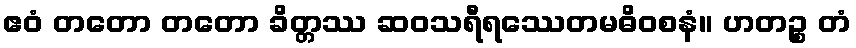
ဧဝံ တတော တတော ခိတ္တဿ ဆဝသရီရဿေတမဓိဝစနံ။ ဟတဉ္စ တံ